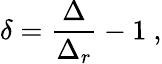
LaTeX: \delta=\frac{\Delta}{\Delta_{r}}-1\ ,